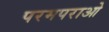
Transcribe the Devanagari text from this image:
परमपराओ